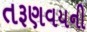
તરૂણવયની